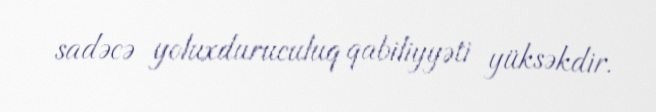
sadəcə yoluxduruculuq qabiliyyəti yüksəkdir.